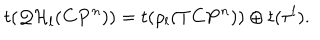
LaTeX: t ( { \cal Q H } _ { l } ( { \bf C P } ^ { n } ) ) = t ( \rho _ { l } ( T { \bf C P } ^ { n } ) ) \oplus t ( { \tau ^ { l } } ) .